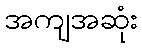
အကျအဆုံး